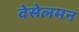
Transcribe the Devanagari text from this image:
वेसेलमन